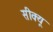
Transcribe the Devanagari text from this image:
सीक्यू